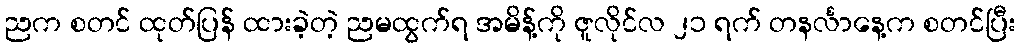
ညက စတင် ထုတ်ပြန် ထားခဲ့တဲ့ ညမထွက်ရ အမိန့်ကို ဇူလိုင်လ ၂၁ ရက် တနင်္လာနေ့က စတင်ပြီး